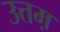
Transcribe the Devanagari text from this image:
उत्तम़